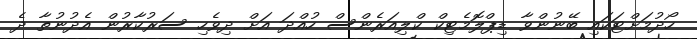
ހޯދުމަށްޓަކައި ބޭނުންވާ ޑިޕްލޮމެޓިކް ކްލިއަރެންސް ހުއްދަ އަށް ދިވެހި ސަރުކާރުން އެދުނުތާ ދެ